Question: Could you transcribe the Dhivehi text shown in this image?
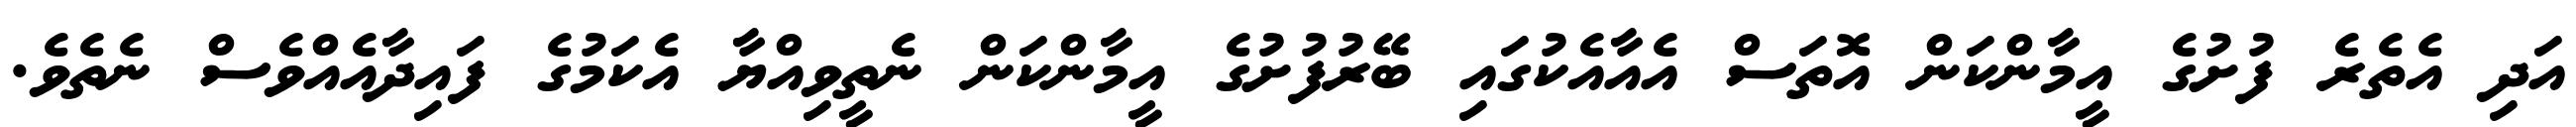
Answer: އަދި އެތެރެ ފުށުގެ އީމާންކަން އޮތަސް އެއާއެކުގައި ބޭރުފުށުގެ އީމާންކަން ނެތީވިއްޔާ އެކަމުގެ ފައިދާއެއްވެސް ނެތެވެ.